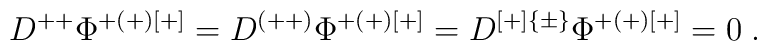
D^{++}\Phi^{+(+)[+]} = D^{(++)}\Phi^{+(+)[+]} = D^{[+]\{\pm\}}\Phi^{+(+)[+]} = 0\;.